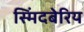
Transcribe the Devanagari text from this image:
स्मिंदबेरिय